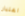
اعتبار